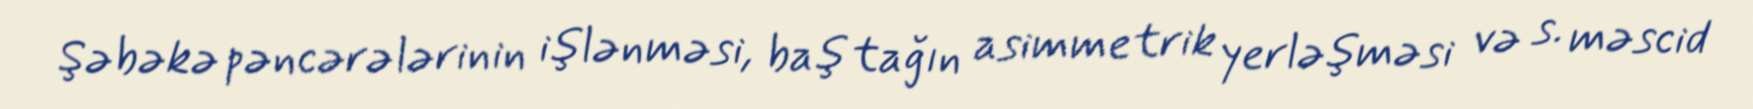
Şəbəkə pəncərələrinin işlənməsi, baş tağın asimmetrik yerləşməsi və s. məscid